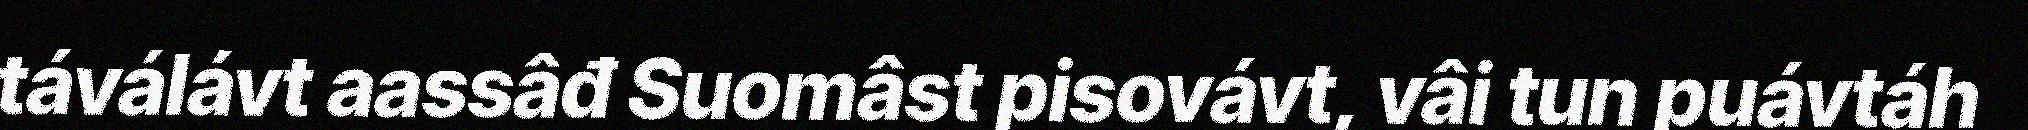
táválávt aassâđ Suomâst pisovávt, vâi tun puávtáh